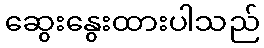
ဆွေးနွေးထားပါသည်